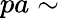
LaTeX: pa\sim